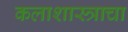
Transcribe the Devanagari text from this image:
कलाशास्त्राचा